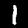
Digit: 1